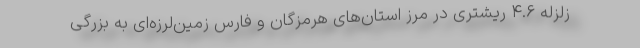
زلزله ۴.۶ ریشتری در مرز استان‌های هرمزگان و فارس زمین‌لرزه‌ای به بزرگی